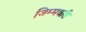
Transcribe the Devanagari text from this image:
जिम्मवारी